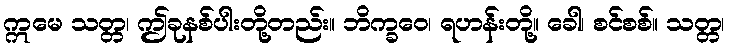
ဣမေ သတ္တ၊ ဤခုနစ်ပါးတို့တည်း။ ဘိက္ခဝေ၊ ရဟန်းတို့။ ခေါ၊ စင်စစ်။ သတ္တ၊